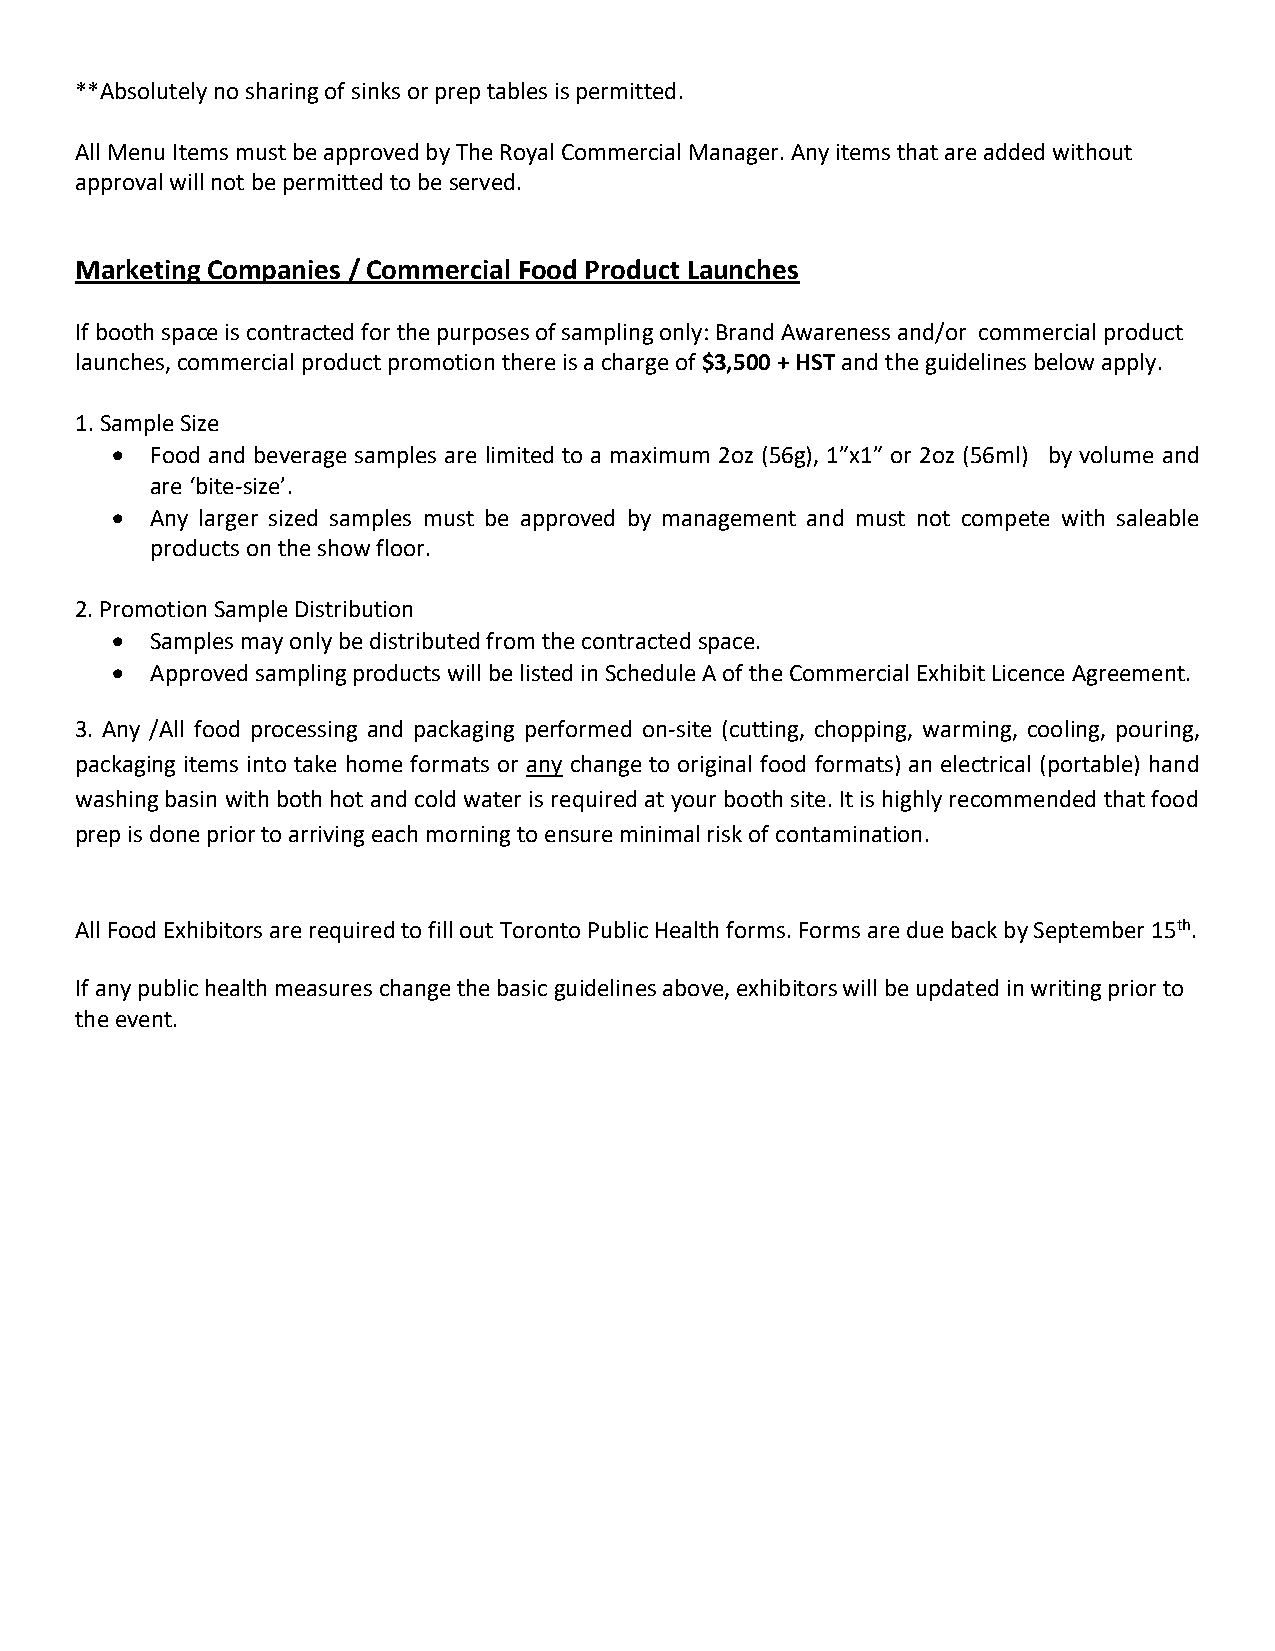
**Absolutely no sharing of sinks or prep tables is permitted.
 All Menu Items must be approved by The Royal Commercial Manager. Any items that are added without
 approval will not be permitted to be served.
 Marketing Companies / Commercial Food Product Launches
 If booth space is contracted for the purposes of sampling only: Brand Awareness and/or commercial product
 launches, commercial product promotion there is a charge of $3,500 + HST and the guidelines below apply.
 1. Sample Size
 •  Food and beverage samples are limited to a maximum 2oz (56g), 1”x1” or 2oz (56ml) by volume and
 are ‘bite-size’.
 •  Any larger sized samples must be approved by management and must not compete with saleable
 products on the show floor.
 2. Promotion Sample Distribution
 •  Samples may only be distributed from the contracted space.
 •  Approved sampling products will be listed in Schedule A of the Commercial Exhibit Licence Agreement.
 3. Any /All food processing and packaging performed on-site (cutting, chopping, warming, cooling, pouring,
 packaging items into take home formats or any change to original food formats) an electrical (portable) hand
 washing basin with both hot and cold water is required at your booth site. It is highly recommended that food
 prep is done prior to arriving each morning to ensure minimal risk of contamination.
 All Food Exhibitors are required to fill out Toronto Public Health forms. Forms are due back by September 15th.
 If any public health measures change the basic guidelines above, exhibitors will be updated in writing prior to
 the event.